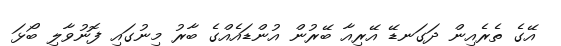
އޭގެ ތެރެއިން ދަގަނޑޭ އޭރިއާ ބޭރުން އުންޑައެއްގެ ބާރު މިނުގައި ފޮނުވާލި ބޯޅަ